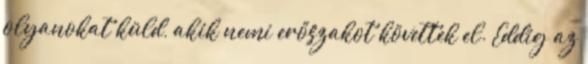
olyanokat küld, akik nemi erőszakot követtek el. Eddig az